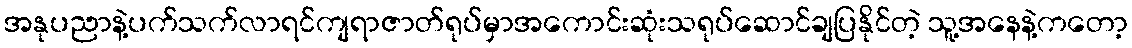
အနုပညာနဲ့ပက်သက်လာရင်ကျရာဇာတ်ရုပ်မှာအကောင်းဆုံးသရုပ်ဆောင်ချပြနိုင်တဲ့ သူ့အနေနဲ့ကတော့